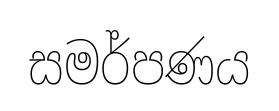
සමර්පණය